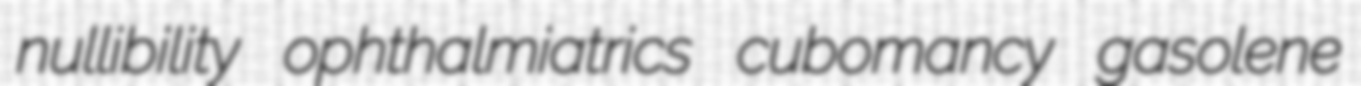
nullibility ophthalmiatrics cubomancy gasolene